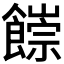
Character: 𩞉